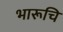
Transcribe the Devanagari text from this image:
भारूचि